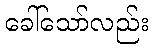
ခေါ်သော်လည်း